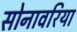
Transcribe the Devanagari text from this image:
सोनावरिया